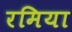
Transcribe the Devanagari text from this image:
रमिया